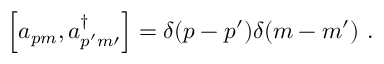
\Big [ a _ { p m } , a _ { p ^ { \prime } m { \prime } } ^ { \dagger } \Big ] = \delta ( p - p ^ { \prime } ) \delta ( m - m ^ { \prime } ) \ .